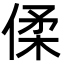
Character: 㑱